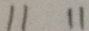
1 1 1 1